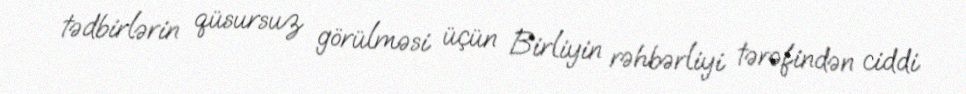
tədbirlərin qüsursuz görülməsi üçün Birliyin rəhbərliyi tərəfindən ciddi